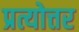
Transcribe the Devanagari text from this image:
प्रत्योत्तर